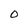
Character: O